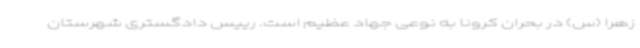
زهرا (س) در بحران کرونا به نوعی جهاد عظیم است. رییس دادگستری شهرستان